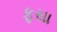
ફસા